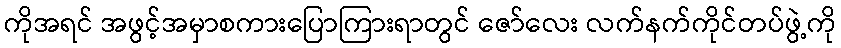
ကိုအရင် အဖွင့်အမှာစကားပြောကြားရာတွင် ဇော်လေး လက်နက်ကိုင်တပ်ဖွဲ့ကို